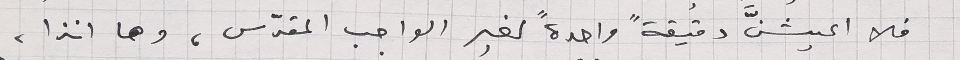
فلا اعيشنَّ دقيقةً واحدةً لغير الواجب المقدّس، وها انذا،